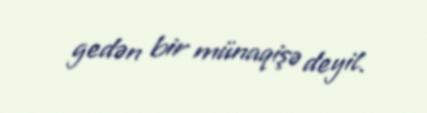
gedən bir münaqişə deyil.